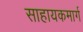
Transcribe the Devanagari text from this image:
साहायकमार्ग